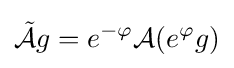
{\tilde {\mathcal {A}}}g=e^{-\varphi }{\mathcal {A}}(e^{\varphi }g)